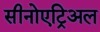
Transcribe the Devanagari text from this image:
सीनोएट्रिअल